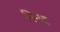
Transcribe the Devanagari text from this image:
निनद